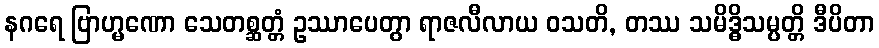
နဂရေ ဗြာဟ္မဏော သေတစ္ဆတ္တံ ဥဿာပေတွာ ရာဇလီလာယ ဝသတိ, တဿ သမိဒ္ဓိသမ္ပတ္တိ ဒီပိတာ